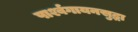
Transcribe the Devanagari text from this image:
पार्श्वगायनसुद्धा